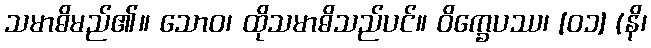
သမာဓိမည်၏။ သောဝ၊ ထိုသမာဓိသည်ပင်။ ဝိက္ခေပဿ၊ [၀၁] (နိ၊